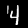
Label: 4